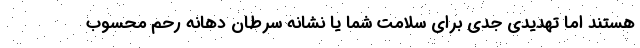
هستند اما تهدیدی جدی برای سلامت شما یا نشانه سرطان دهانه رحم محسوب